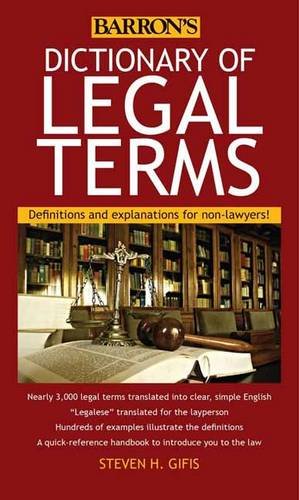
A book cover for Dictionary of Legal Terms: Definitions and Explanations for Non-Lawyers; Steven H. Gifis; Law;